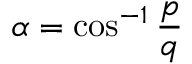
\alpha = \cos ^ { - 1 } { \frac { p } { q } }